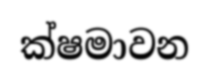
ක්ෂමාවන